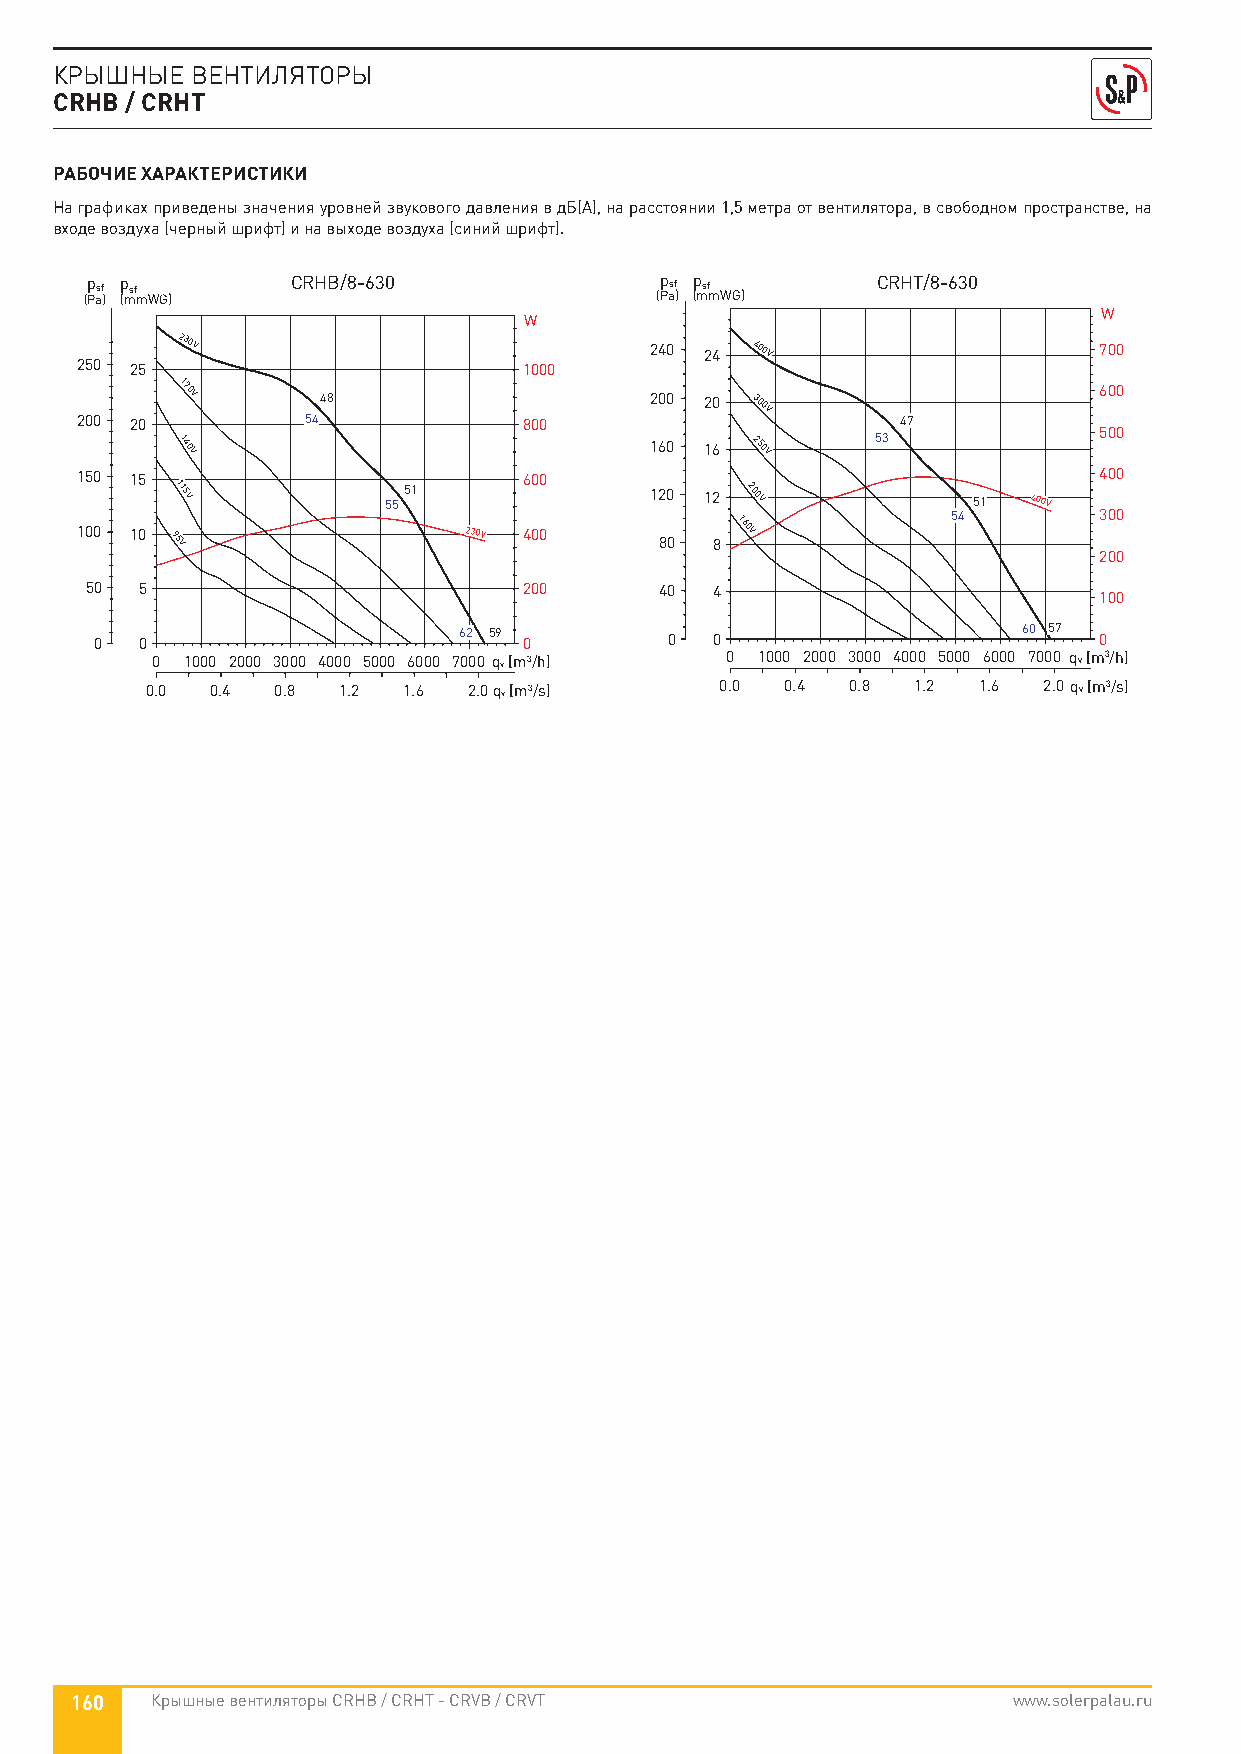
КРЫШНЫЕ  ВЕНТИЛЯТОРЫ
 CRHB / CRHT
 РАБОЧИЕ ХАРАКТЕРИСТИКИ
 На графиках приведены значения уровней звукового давления в дБ(А), на расстоянии 1,5 метра от вентилятора, в свободном пространстве, на
 входе воздуха (черный шрифт) и на выходе воздуха (синий шрифт).
 (p Pasf ) p (msf mWG) CRHB/8-630     (p Pasf ) p (msf mWG) CRHT/8-630
 W
 W
 230V
 240 24 400V                   700
 250 25                        1000
 200 20
 170V
 5448
 800
 200 20 300V
 47
 600
 500
 140V                           160 16 250V    53
 150 15                        600                                   400
 115V         5551              120 12 200V          51  400V
 54        300
 100 10 95V                230V 400     80 8
 160V
 200
 50 5                         200      40 4                         100
 0  0                    62 59 0       0  0                    60 57 0
 0 1000 2000 3000 4000 5000 6000 7000 qv [m3/h] 0 1000 2000 3000 4000 5000 6000 7000 qv [m3/h]
 0.0 0.4 0.8 1.2  1.6 2.0qv [m3/s]     0.0 0.4 0.8 1.2  1.6 2.0qv [m3/s]
 160  Крышные вентиляторы CRHB / CRHT - CRVB / CRVT            www.solerpalau.ru